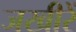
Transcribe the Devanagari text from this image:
जखीरें